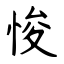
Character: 悛